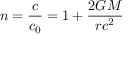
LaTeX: n = { \frac { c } { c _ { 0 } } } = 1 + { \frac { 2 G M } { r c ^ { 2 } } }